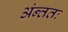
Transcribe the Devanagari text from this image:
अंन्ततः